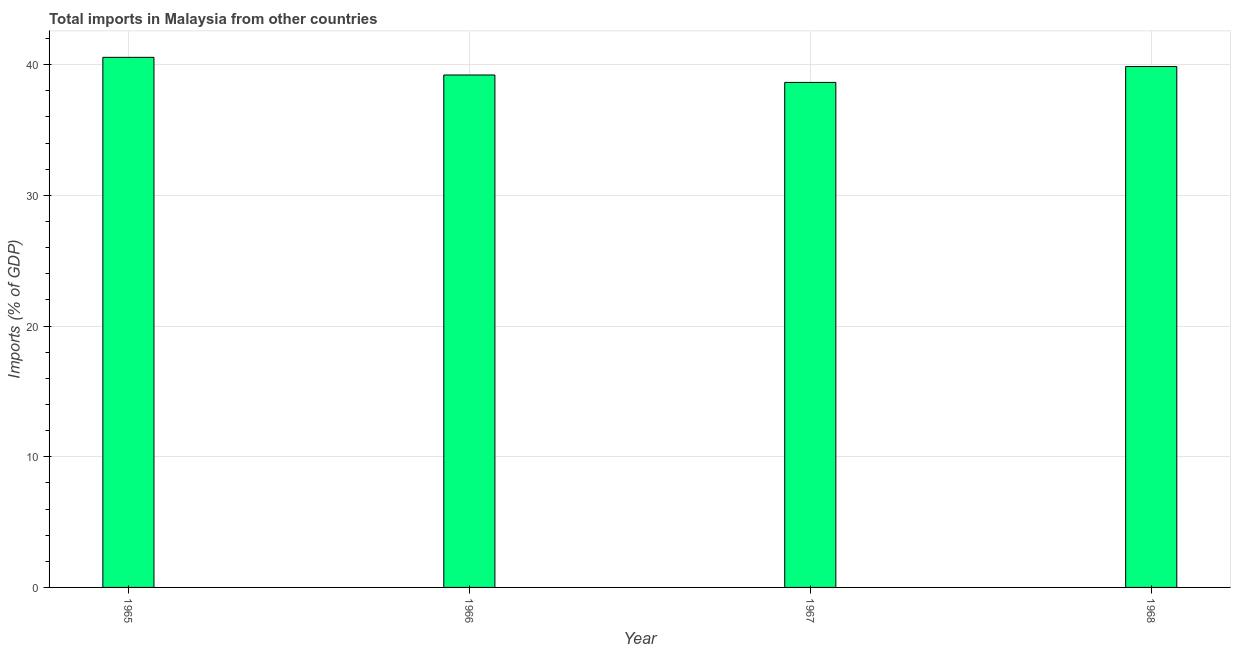
| Year | Imports |
 | --- | --- |
 | 1965 | 40.6 |
 | 1966 | 39.2 |
 | 1967 | 38.6 |
 | 1968 | 39.9 |